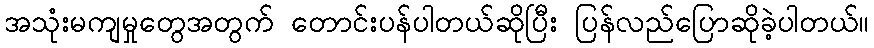
အသုံးမကျမှုတွေအတွက် တောင်းပန်ပါတယ်ဆိုပြီး ပြန်လည်ပြောဆိုခဲ့ပါတယ်။